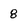
Character: 8